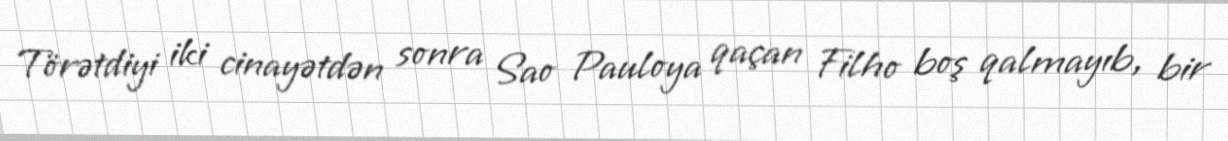
Törətdiyi iki cinayətdən sonra Sao Pauloya qaçan Filho boş qalmayıb, bir